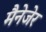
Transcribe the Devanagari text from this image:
मैनेजेर